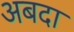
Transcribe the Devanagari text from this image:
अबदा